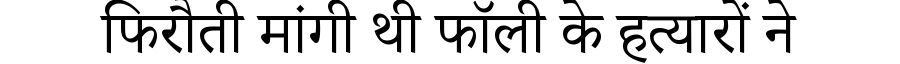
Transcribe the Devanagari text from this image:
फिरौती मांगी थी फॉली के हत्यारों ने